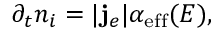
\partial _ { t } n _ { i } = | { \bf j } _ { e } | \alpha _ { \mathrm { e f f } } ( E ) ,